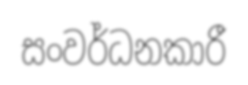
සංවර්ධනකාරී